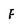
Character: F